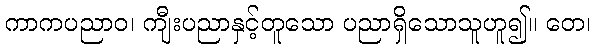
ကာကပညာဝ၊ ကျီးပညာနှင့်တူသော ပညာရှိသောသူဟူ၍။ တေ၊